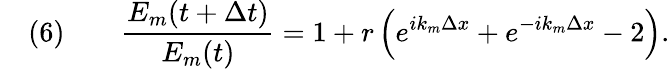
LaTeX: \quad(6)\qquad{\frac{E_{m}(t+\Delta t)}{E_{m}(t)}}=1+r\left(e^{ik_{m}\Delta x}+e^{-ik_{m}\Delta x}-2\right).